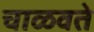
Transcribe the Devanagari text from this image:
चाळवते